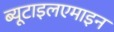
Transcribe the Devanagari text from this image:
ब्यूटाइलएमाइन